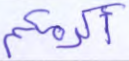
أكرمكم